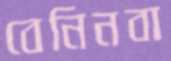
বেনিনবা